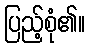
ပြည့်စုံ၏။